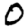
Digit: 0